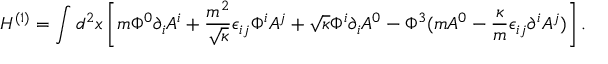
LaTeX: H ^ { ( 1 ) } = \int d ^ { 2 } x \left[ m \Phi ^ { 0 } \partial _ { i } A ^ { i } + \frac { m ^ { 2 } } { \sqrt { \kappa } } \epsilon _ { i j } \Phi ^ { i } A ^ { j } + \sqrt { \kappa } \Phi ^ { i } \partial _ { i } A ^ { 0 } - \Phi ^ { 3 } ( m A ^ { 0 } - \frac { \kappa } { m } \epsilon _ { i j } \partial ^ { i } A ^ { j } ) \right] .